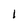
Character: l